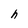
Character: h